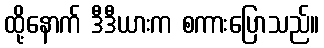
ထို့နောက် ဒီဒီယားက စကားပြောသည်။